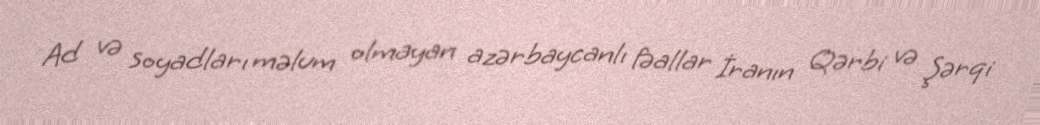
Ad və soyadları məlum olmayan azərbaycanlı fəallar İranın Qərbi və Şərqi